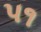
પ૧